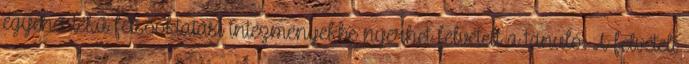
egyenértékű felsőoktatási intézményekbe nyerhet felvételt a tanuló. A felvételi